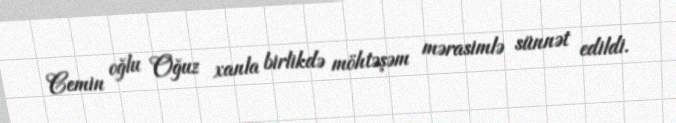
Cemin oğlu Oğuz xanla birlikdə möhtəşəm mərasimlə sünnət edildi.